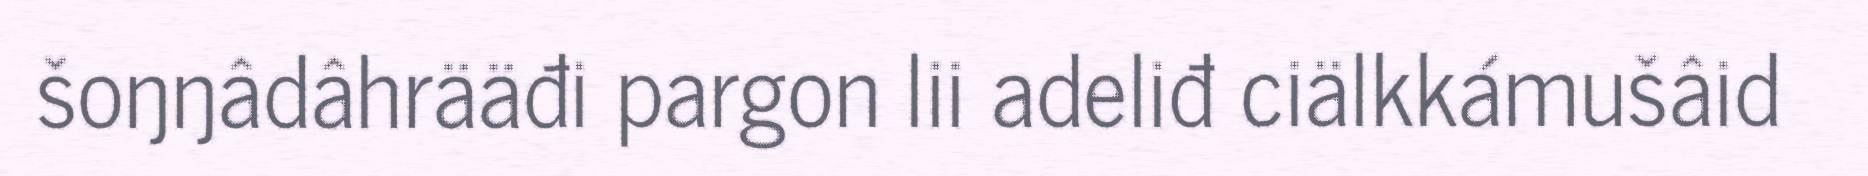
šoŋŋâdâhrääđi pargon lii adeliđ ciälkkámušâid